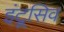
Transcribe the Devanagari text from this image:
इंट्रूसिव